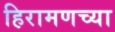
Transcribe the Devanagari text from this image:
हिरामणच्या